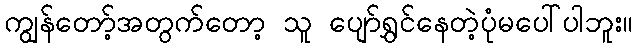
ကျွန်တော့်အတွက်တော့ သူ ပျော်ရွှင်နေတဲ့ပုံမပေါ်ပါဘူး။